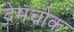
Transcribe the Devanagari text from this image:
देमचोक